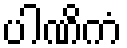
ပါဏိကံ